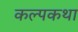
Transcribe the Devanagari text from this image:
कल्पकथा